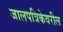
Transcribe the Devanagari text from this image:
जालपत्रिकेवरील